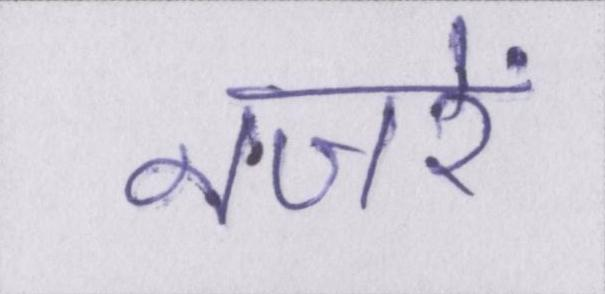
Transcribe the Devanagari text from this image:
नजरें